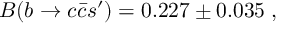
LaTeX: B ( b \rightarrow c \bar { c } s ^ { \prime } ) = 0 . 2 2 7 \pm 0 . 0 3 5 \; ,